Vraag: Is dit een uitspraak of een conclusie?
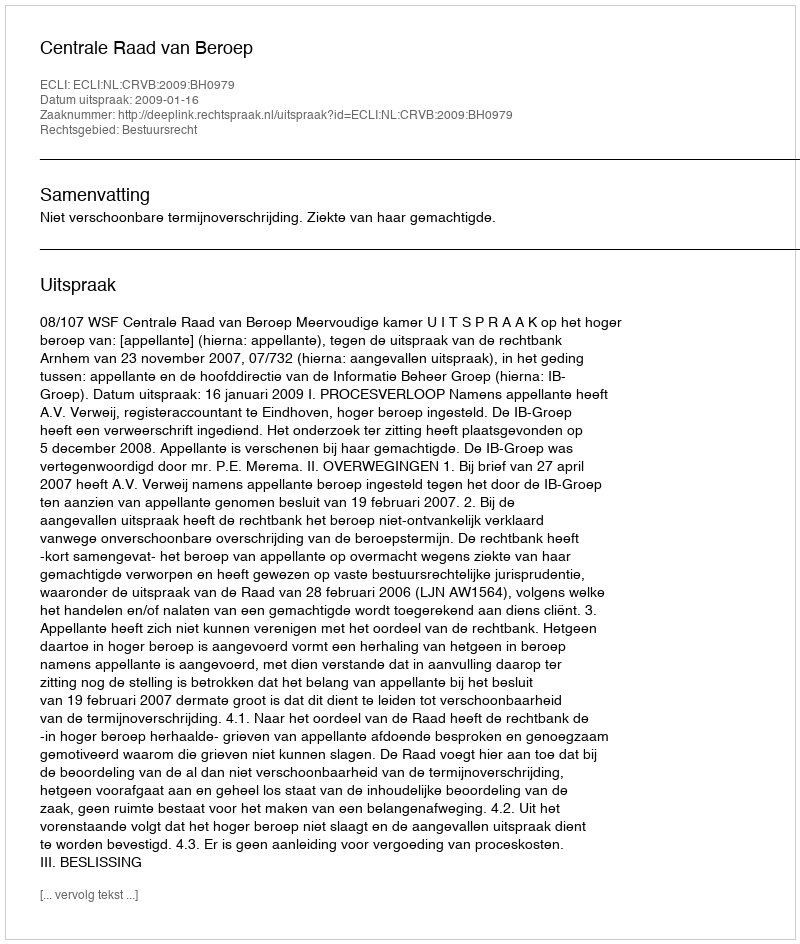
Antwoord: Uitspraak